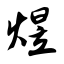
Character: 煜